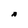
Character: A